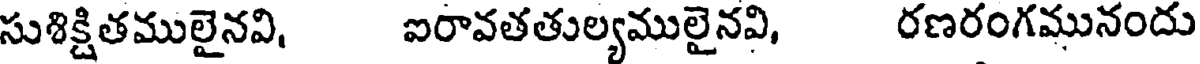
సుశిక్షితములైనవి, ఐరావతతుల్యములైనవి, రణరంగమునందు